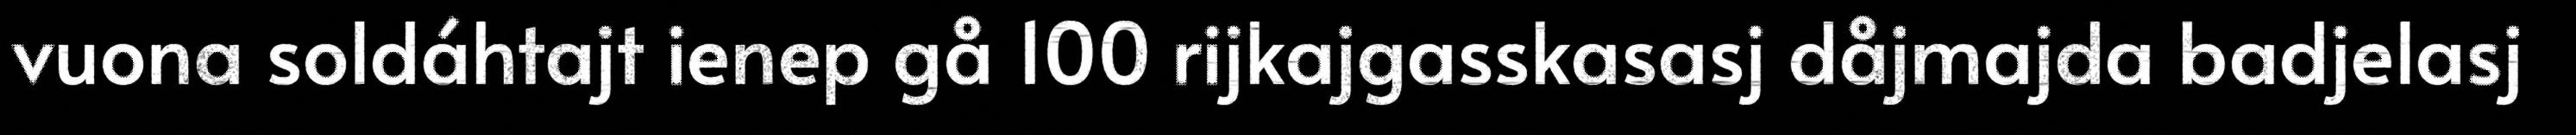
vuona soldáhtajt ienep gå 100 rijkajgasskasasj dåjmajda badjelasj